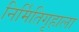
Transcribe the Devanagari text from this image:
निर्मितिगृहाला